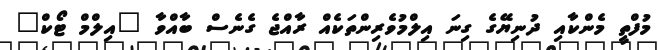
މުފްތީ މެންކާއި ދުނިޔޭގެ ގިނަ އިލްމުވެރިންތަކެއް ރާއްޖެ ގެނެސް ބާއްވާ "އިލްމް ޓޯކް"